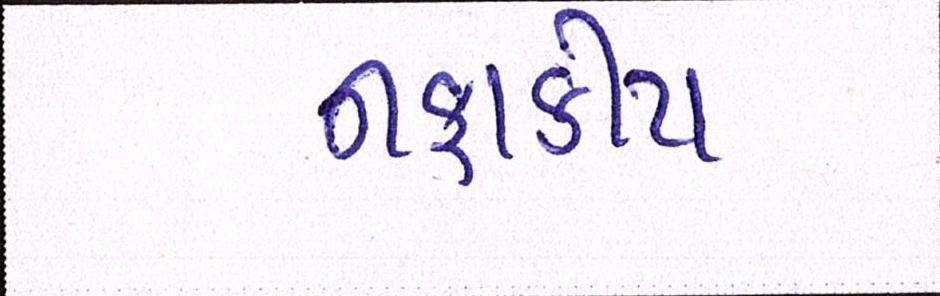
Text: નફાકીય